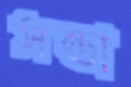
সন্তা